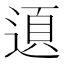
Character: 𨔞